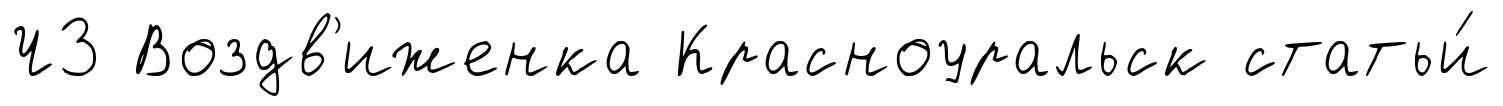
Ч3 Воздв'иженка Красноуральск статьи́